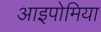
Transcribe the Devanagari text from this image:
आइपोमिया